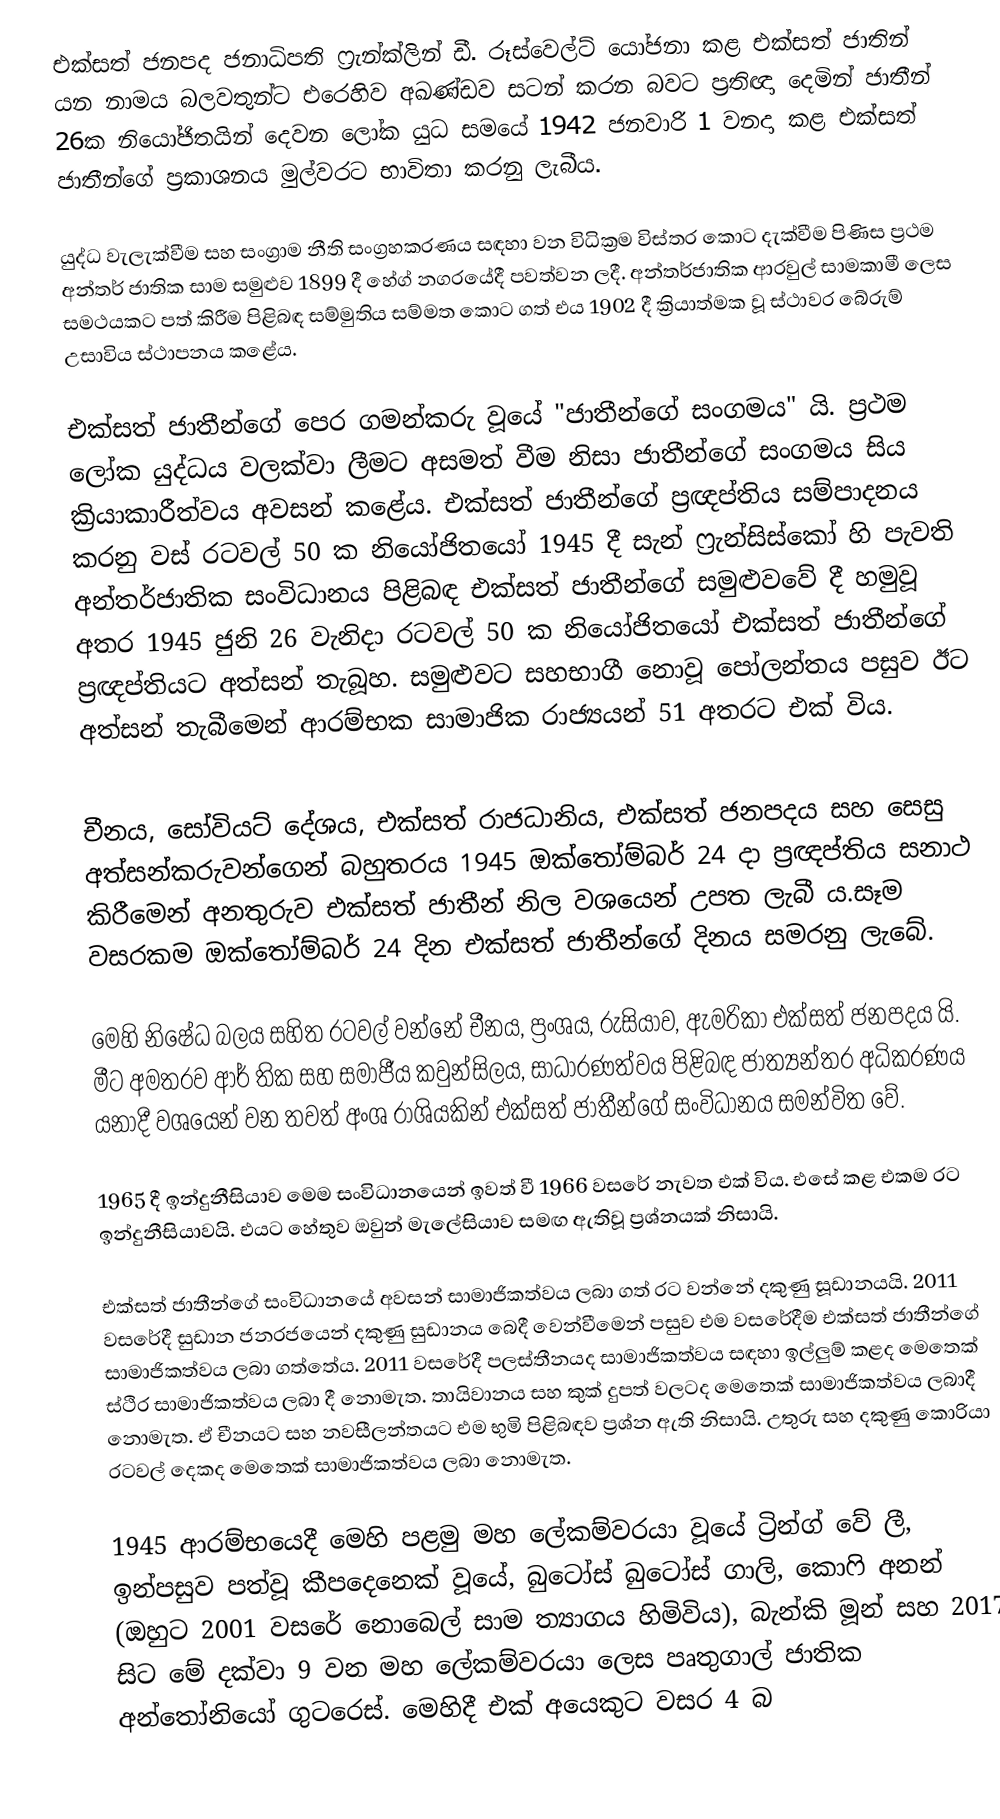
එක්සත් ජනපද ජනාධිපති ෆ්‍රැන්ක්ලින් ඩී. රූස්වෙල්ට් යෝජනා කළ එක්සත් ජාතින් යන නාමය බලවතුන්ට එරෙහිව අඛණ්ඩව සටන් කරන බවට ප්‍රතිඥා දෙමින් ජාතීන් 26ක නියෝජිතයින් දෙවන ලෝක යුධ සමයේ 1942 ජනවාරි 1 වනදා කළ එක්සත් ජාතීන්ගේ ප්‍රකාශනය මුල්වරට භාවිතා කරනු ලැබීය.

යුද්ධ වැලැක්වීම සහ සංග්‍රාම නීති සංග්‍රහකරණය සඳහා වන විධික්‍රම විස්තර කොට දැක්වීම පිණිස ප්‍රථම අන්තර් ජාතික සාම සමුළුව 1899 දී හේග් නගරයේදී පවත්වන ලදී. අන්තර්ජාතික ආරවුල් සාමකාමී ලෙස සමථයකට පත් කිරීම පිළිබඳ සම්මුතිය සම්මත කොට ගත් එය 1902 දී ක්‍රියාත්මක වූ ස්ථාවර බේරුම් උසාවිය ස්ථාපනය කළේය.

එක්සත් ජාතීන්ගේ පෙර ගමන්කරු වූයේ "ජාතීන්ගේ සංගමය" යි. ප්‍රථම ලෝක යුද්ධය වලක්වා ලීමට අසමත් වීම නිසා ජාතීන්ගේ සංගමය සිය ක්‍රියාකාරීත්වය අවසන් ‍කළේය. එක්සත් ජාතීන්ගේ ප්‍රඥප්තිය සම්පාදනය කරනු වස් රටවල් 50 ක නියෝජිතයෝ 1945 දී සැන් ‍ෆ්‍රැන්සිස්කෝ හි පැවති අන්තර්ජාතික සංවිධානය පිළිබඳ එක්සත් ජාතීන්ගේ සමුළුවවේ දී හමුවූ අතර 1945 ජුනි 26 වැනිදා රටවල් 50 ක නියෝජිතයෝ එක්සත් ජාතීන්ගේ ප්‍රඥප්තියට අත්සන් තැබූහ. සමුළුවට සහභාගී නොවූ පෝලන්තය පසුව ඊට අත්සන් තැබීමෙන් ආරම්භක සාමාජික රාජ්‍යයන් 51 අතරට එක් විය.

චීනය, සෝවියට් දේශය, එක්සත් රාජධානිය, එක්සත් ජනපදය සහ සෙසු අත්සන්කරුවන්ගෙන් බහුතරය 1945 ඔක්තෝම්බර් 24 දා ප්‍රඥප්තිය සනාථ කිරීමෙන් අනතුරුව එක්සත් ජාතීන් නිල වශයෙන් උපත ලැබී ය.සෑම වසරකම ඔක්තෝම්බර් 24 දින එක්සත් ජාතීන්ගේ දිනය සමරනු ලැබේ.

මෙහි නිෂේධ බලය සහිත රටවල් වන්නේ චීනය, ප්‍රංශය, රුසියාව, ඇමරිකා එක්සත් ජනපදය යි. මීට අමතරව ආර් තික සහ සමාජීය කවුන්සිලය, සාධාරණත්වය පිළිබඳ ජාත්‍යන්තර අධිකරණය යනාදී වශයෙන් වන තවත් අංශ රාශියකින් එක්සත් ජාතීන්ගේ සංවිධානය සමන්විත වේ.

1965 දී ඉන්දුනීසියාව මෙම සංවිධානයෙන් ඉවත් වී 1966 වසරේ නැවත එක් විය. එසේ කළ එකම රට ඉන්දුනීසියාවයි. එයට හේතුව ඔවුන් මැලේසියාව සමඟ ඇතිවූ ප්‍රශ්නයක් නිසායි.

එක්සත් ජාතීන්ගේ සංවිධානයේ අවසන් සාමාජිකත්වය ලබා ගත් රට වන්නේ දකුණු සූඩානයයි. 2011 වසරේදී සුඩාන ජනරජයෙන් දකුණු සුඩානය බෙදී වෙන්වීමෙන් පසුව එම වසරේදීම එක්සත් ජාතීන්ගේ සාමාජිකත්වය ලබා ගත්තේය. 2011 වසරේදී පලස්තීනයද සාමාජිකත්වය සඳහා ඉල්ලුම් කළද මෙතෙක් ස්ථිර සාමාජිකත්වය ලබා දී නොමැත. තායිවානය සහ කුක් දුපත් වලටද මෙතෙක් සාමාජිකත්වය ලබාදී නොමැත. ඒ චීනයට සහ නවසීලන්තයට එම භුමි පිළිබඳව ප්‍රශ්න ඇති නිසායි. උතුරු සහ දකුණු කොරියා රටවල් දෙකද මෙතෙක් සාමාජිකත්වය ලබා නොමැත.

1945 ආරම්භයෙදී මෙහි පළමු මහ ලේකම්වරයා වූයේ ට්‍රින්ග් වේ ලී, ඉන්පසුව පත්වූ කීපදෙනෙක් වූයේ, බුටෝස් බුටෝස් ගාලි, කොෆි අනන් (ඔහුට 2001 වසරේ නොබෙල් සාම ත්‍යාගය හිමිවිය), බැන්කි මූන් සහ 2017 සිට මේ දක්වා 9 වන මහ ලේකම්වරයා ලෙස පෘතුගාල් ජාතික අන්තෝනියෝ ගුටරෙස්. මෙහිදී එක් අයෙකුට වසර 4 බ